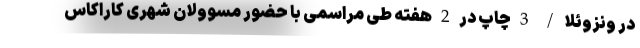
در ونزوئلا / 3 چاپ در 2 هفته طی مراسمی با حضور مسوولان شهری کاراکاس